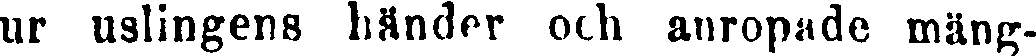
ur uslingens händer och anropade mäng-